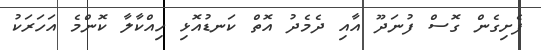
ފެށިގެން ގޮސް ފުނަދޫ އާއި ދެމެދު އޮތް ކަނޑުއޮޅި ހިއްކާލާ ކޮންމެ އަހަރަކު